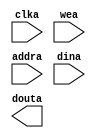
module CONSTANT_MEMORY(
	clka,
	wea,
	addra,
	dina,
	douta);


input clka;
input [0 : 0] wea;
input [11 : 0] addra;
input [31 : 0] dina;
output [31 : 0] douta;

// synthesis translate_off

      BLK_MEM_GEN_V4_3 #(
		.C_ADDRA_WIDTH(12),
		.C_ADDRB_WIDTH(12),
		.C_ALGORITHM(1),
		.C_BYTE_SIZE(9),
		.C_COMMON_CLK(0),
		.C_DEFAULT_DATA("0"),
		.C_DISABLE_WARN_BHV_COLL(0),
		.C_DISABLE_WARN_BHV_RANGE(0),
		.C_FAMILY("virtex5"),
		.C_HAS_ENA(0),
		.C_HAS_ENB(0),
		.C_HAS_INJECTERR(0),
		.C_HAS_MEM_OUTPUT_REGS_A(0),
		.C_HAS_MEM_OUTPUT_REGS_B(0),
		.C_HAS_MUX_OUTPUT_REGS_A(0),
		.C_HAS_MUX_OUTPUT_REGS_B(0),
		.C_HAS_REGCEA(0),
		.C_HAS_REGCEB(0),
		.C_HAS_RSTA(0),
		.C_HAS_RSTB(0),
		.C_HAS_SOFTECC_INPUT_REGS_A(0),
		.C_HAS_SOFTECC_OUTPUT_REGS_B(0),
		.C_INITA_VAL("0"),
		.C_INITB_VAL("0"),
		.C_INIT_FILE_NAME("CONSTANT_MEMORY.mif"),
		.C_LOAD_INIT_FILE(1),
		.C_MEM_TYPE(0),
		.C_MUX_PIPELINE_STAGES(0),
		.C_PRIM_TYPE(1),
		.C_READ_DEPTH_A(4096),
		.C_READ_DEPTH_B(4096),
		.C_READ_WIDTH_A(32),
		.C_READ_WIDTH_B(32),
		.C_RSTRAM_A(0),
		.C_RSTRAM_B(0),
		.C_RST_PRIORITY_A("CE"),
		.C_RST_PRIORITY_B("CE"),
		.C_RST_TYPE("SYNC"),
		.C_SIM_COLLISION_CHECK("ALL"),
		.C_USE_BYTE_WEA(0),
		.C_USE_BYTE_WEB(0),
		.C_USE_DEFAULT_DATA(0),
		.C_USE_ECC(0),
		.C_USE_SOFTECC(0),
		.C_WEA_WIDTH(1),
		.C_WEB_WIDTH(1),
		.C_WRITE_DEPTH_A(4096),
		.C_WRITE_DEPTH_B(4096),
		.C_WRITE_MODE_A("WRITE_FIRST"),
		.C_WRITE_MODE_B("WRITE_FIRST"),
		.C_WRITE_WIDTH_A(32),
		.C_WRITE_WIDTH_B(32),
		.C_XDEVICEFAMILY("virtex5"))
	inst (
		.CLKA(clka),
		.WEA(wea),
		.ADDRA(addra),
		.DINA(dina),
		.DOUTA(douta),
		.RSTA(),
		.ENA(),
		.REGCEA(),
		.CLKB(),
		.RSTB(),
		.ENB(),
		.REGCEB(),
		.WEB(),
		.ADDRB(),
		.DINB(),
		.DOUTB(),
		.INJECTSBITERR(),
		.INJECTDBITERR(),
		.SBITERR(),
		.DBITERR(),
		.RDADDRECC());


// synthesis translate_on

endmodule